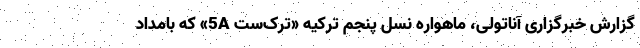
گزارش خبرگزاری آناتولی، ماهواره نسل پنجم ترکیه «ترک‌ست 5A» که بامداد